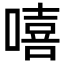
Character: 嘻